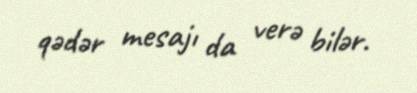
qədər mesajı da verə bilər.